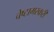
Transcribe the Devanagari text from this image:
चेष्टामस्करी